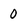
Character: 0